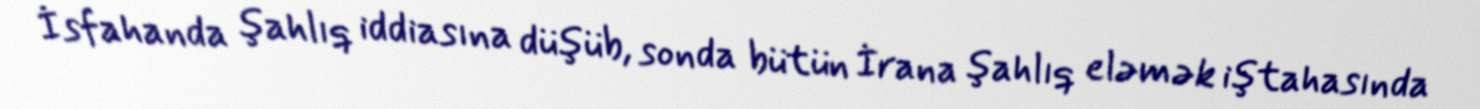
İsfahanda şahlıq iddiasına düşüb, sonda bütün İrana şahlıq eləmək iştahasında